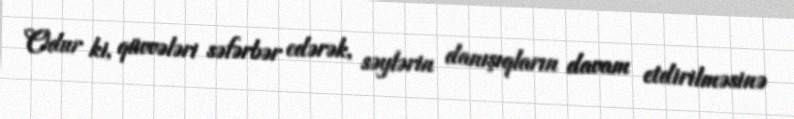
Odur ki, qüvvələri səfərbər edərək, səylərin danışıqların davam etdirilməsinə